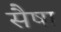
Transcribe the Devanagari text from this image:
सैषा